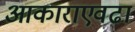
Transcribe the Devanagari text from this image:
आकाराएवढा